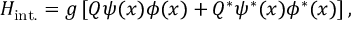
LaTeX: H _ { \mathrm { i n t . } } = g \left[ Q \psi ( x ) \phi ( x ) + Q ^ { * } \psi ^ { * } ( x ) \phi ^ { * } ( x ) \right] ,